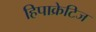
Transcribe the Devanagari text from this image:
हिपाक्रेटिज